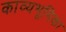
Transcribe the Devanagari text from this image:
काव्यभूमिका